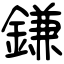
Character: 鎌